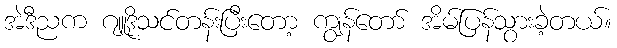
အဲဒီညက ဂျူဒိုသင်တန်းပြီးတော့ ကျွန်တော် အိမ်ပြန်သွားခဲ့တယ်။